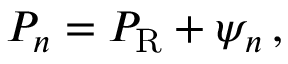
P _ { n } = P _ { \mathrm R } + \psi _ { n } \, ,